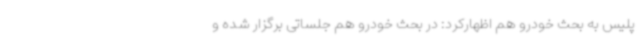
پلیس به بحث خودرو هم اظهارکرد: در بحث خودرو هم جلساتی برگزار شده و